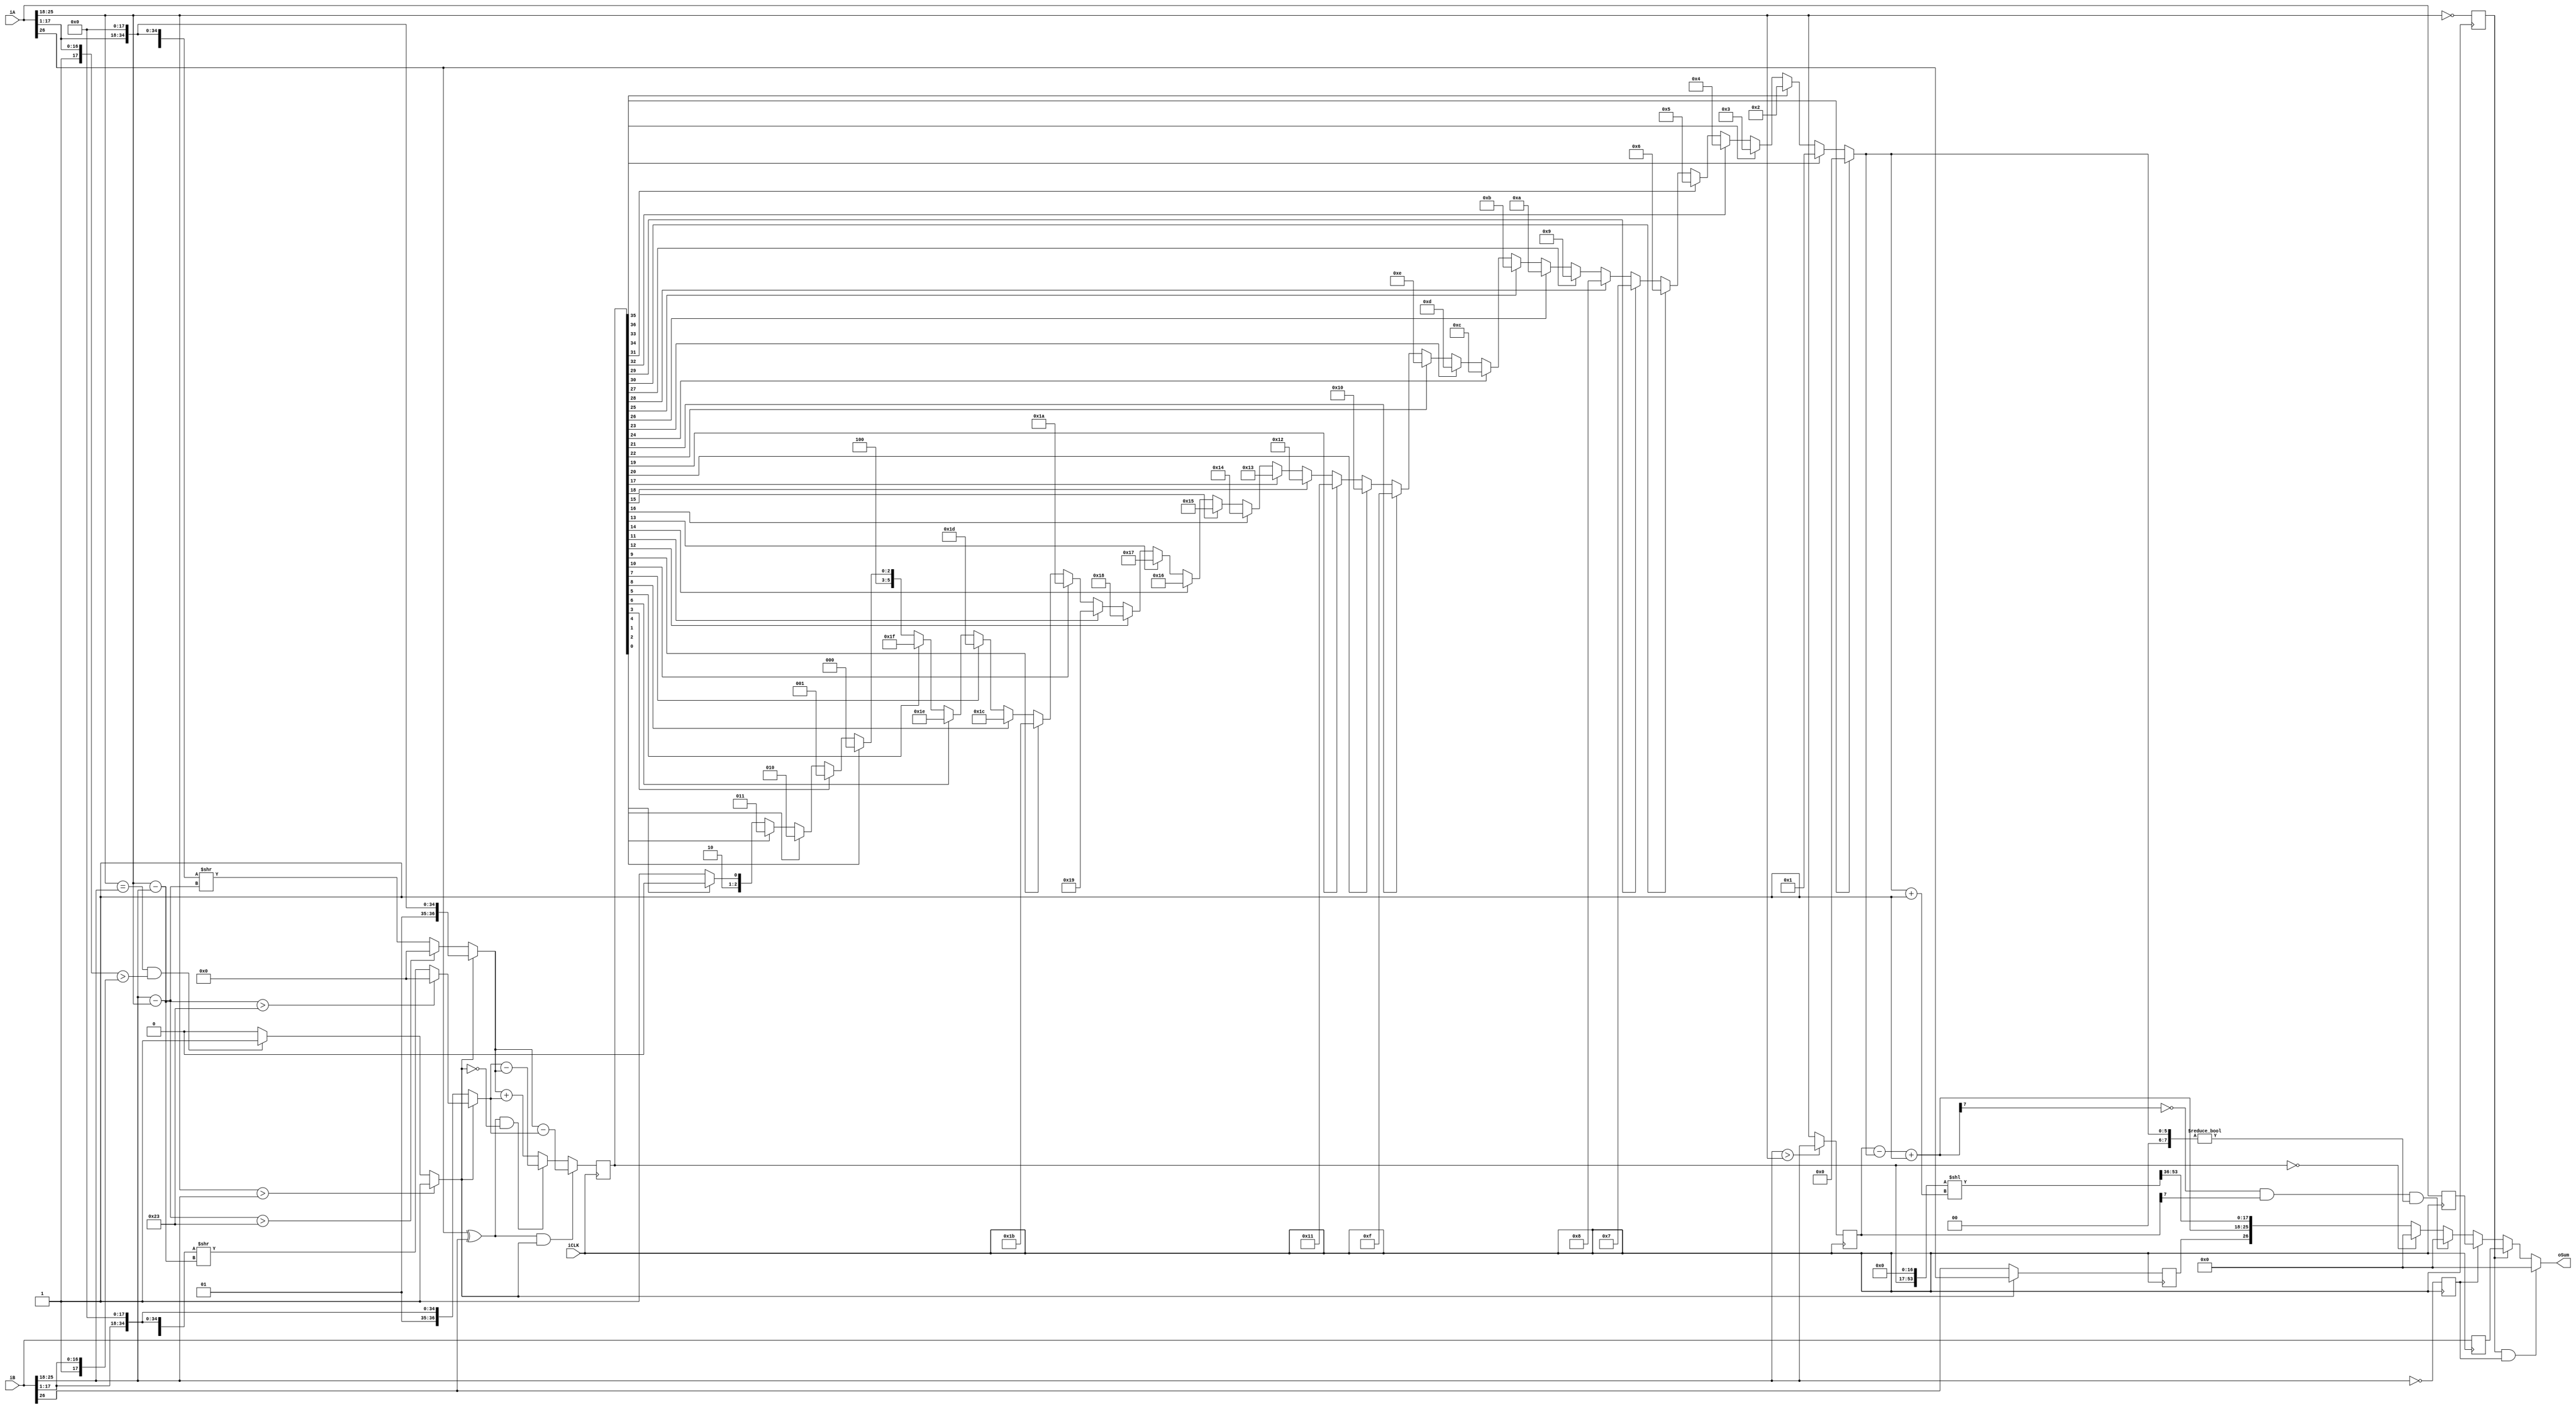
module FpAdd (
    input             iCLK,
    input      [26:0] iA,
    input      [26:0] iB,
    output     [26:0] oSum
);

    // Extract fields of A and B.
    wire        A_s;
    wire [7:0]  A_e;
    wire [17:0] A_f;
    wire        B_s;
    wire [7:0]  B_e;
    wire [17:0] B_f;
    assign A_s = iA[26];
    assign A_e = iA[25:18];
    assign A_f = {1'b1, iA[17:1]};
    assign B_s = iB[26];
    assign B_e = iB[25:18];
    assign B_f = {1'b1, iB[17:1]};
    wire A_larger;

    // Shift fractions of A and B so that they align.
    wire [7:0]  exp_diff_A;
    wire [7:0]  exp_diff_B;
    wire [7:0]  larger_exp;
    wire [36:0] A_f_shifted;
    wire [36:0] B_f_shifted;

    assign exp_diff_A = B_e - A_e; // if B bigger
    assign exp_diff_B = A_e - B_e; // if A bigger

    assign larger_exp = (B_e > A_e) ? B_e : A_e;

    assign A_f_shifted = A_larger             ? {1'b0,  A_f, 18'b0} :
                         (exp_diff_A > 9'd35) ? 37'b0 :
                         ({1'b0, A_f, 18'b0} >> exp_diff_A);
    assign B_f_shifted = ~A_larger            ? {1'b0,  B_f, 18'b0} :
                         (exp_diff_B > 9'd35) ? 37'b0 :
                         ({1'b0, B_f, 18'b0} >> exp_diff_B);

    // Determine which of A, B is larger
    assign A_larger =    (A_e > B_e)                   ? 1'b1  :
                         ((A_e == B_e) && (A_f > B_f)) ? 1'b1  :
                         1'b0;

    // Calculate sum or difference of shifted fractions.
    wire [36:0] pre_sum;
    assign pre_sum = ((A_s^B_s) &  A_larger) ? A_f_shifted - B_f_shifted :
                     ((A_s^B_s) & ~A_larger) ? B_f_shifted - A_f_shifted :
                     A_f_shifted + B_f_shifted;

    // buffer midway results
    reg  [36:0] buf_pre_sum;
    reg  [7:0]  buf_larger_exp;
    reg         buf_A_e_zero;
    reg         buf_B_e_zero;
    reg  [26:0] buf_A;
    reg  [26:0] buf_B;
    reg         buf_oSum_s;
    always @(posedge iCLK) begin
        buf_pre_sum    <= pre_sum;
        buf_larger_exp <= larger_exp;
        buf_A_e_zero   <= (A_e == 8'b0);
        buf_B_e_zero   <= (B_e == 8'b0);
        buf_A          <= iA;
        buf_B          <= iB;
        buf_oSum_s     <= A_larger ? A_s : B_s;
    end

    // Convert to positive fraction and a sign bit.
    wire [36:0] pre_frac;
    assign pre_frac = buf_pre_sum;

    // Determine output fraction and exponent change with position of first 1.
    wire [17:0] oSum_f;
    wire [7:0]  shft_amt;
    assign shft_amt = pre_frac[36] ? 8'd0  : pre_frac[35] ? 8'd1  :
                      pre_frac[34] ? 8'd2  : pre_frac[33] ? 8'd3  :
                      pre_frac[32] ? 8'd4  : pre_frac[31] ? 8'd5  :
                      pre_frac[30] ? 8'd6  : pre_frac[29] ? 8'd7  :
                      pre_frac[28] ? 8'd8  : pre_frac[27] ? 8'd9  :
                      pre_frac[26] ? 8'd10 : pre_frac[25] ? 8'd11 :
                      pre_frac[24] ? 8'd12 : pre_frac[23] ? 8'd13 :
                      pre_frac[22] ? 8'd14 : pre_frac[21] ? 8'd15 :
                      pre_frac[20] ? 8'd16 : pre_frac[19] ? 8'd17 :
                      pre_frac[18] ? 8'd18 : pre_frac[17] ? 8'd19 :
                      pre_frac[16] ? 8'd20 : pre_frac[15] ? 8'd21 :
                      pre_frac[14] ? 8'd22 : pre_frac[13] ? 8'd23 :
                      pre_frac[12] ? 8'd24 : pre_frac[11] ? 8'd25 :
                      pre_frac[10] ? 8'd26 : pre_frac[9]  ? 8'd27 :
                      pre_frac[8]  ? 8'd28 : pre_frac[7]  ? 8'd29 :
                      pre_frac[6]  ? 8'd30 : pre_frac[5]  ? 8'd31 :
                      pre_frac[4]  ? 8'd32 : pre_frac[3]  ? 8'd33 :
                      pre_frac[2]  ? 8'd34 : pre_frac[1]  ? 8'd35 :
                      pre_frac[0]  ? 8'd36 : 8'd37;

    wire [53:0] pre_frac_shft;
    assign pre_frac_shft = {pre_frac, 17'b0} << (shft_amt+1);
    assign oSum_f = pre_frac_shft[53:36];

    wire [7:0] oSum_e;
    assign oSum_e = buf_larger_exp - shft_amt + 8'b1;

    // Detect underflow
    wire underflow;
    assign underflow = ~oSum_e[7] && buf_larger_exp[7] && (shft_amt != 8'b0);

    assign oSum = (buf_A_e_zero && buf_B_e_zero)    ? 27'b0 :
                  buf_A_e_zero                     ? buf_B :
                  buf_B_e_zero                     ? buf_A :
                  underflow                        ? 27'b0 :
                  (pre_frac == 0)                  ? 27'b0 :
                  {buf_oSum_s, oSum_e, oSum_f};

endmodule